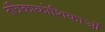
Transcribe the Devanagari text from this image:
तंत्रिकाकोशिकाओं